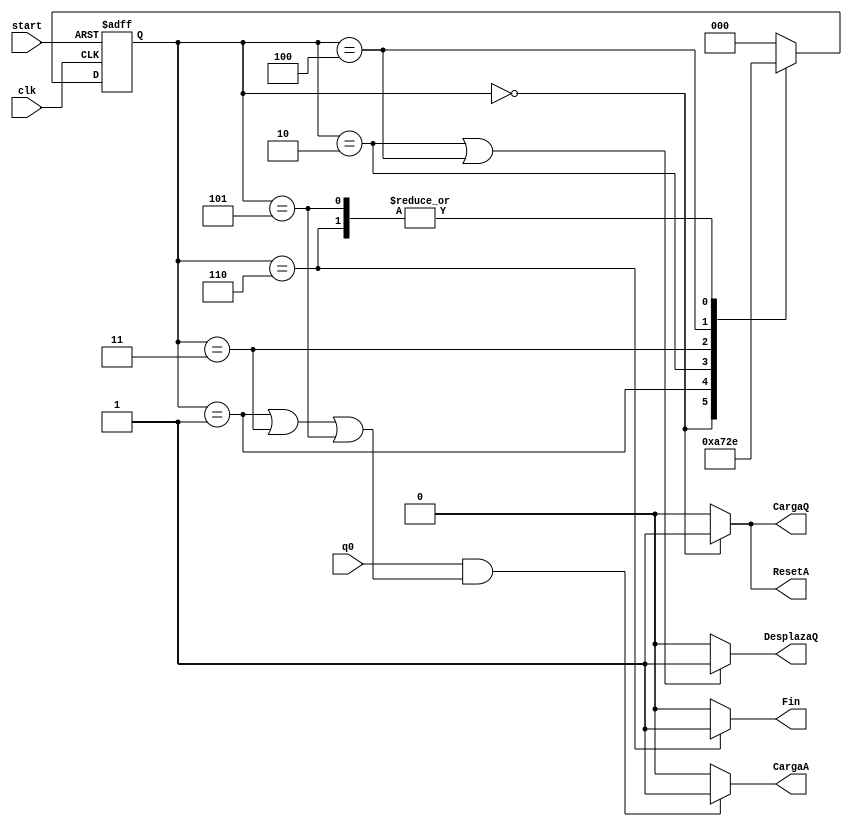
module uc(input wire q0, start, clk, output wire CargaQ, DesplazaQ, ResetA, CargaA,
Fin);
reg [2:0] state, nextstate; //Variables para los estados actual y siguiente
                            //Tres bits son suficientes para los siete estados
//Codificacin de los estados
parameter S0 = 3'b000;      //declaracion de constantes que representan estados
parameter S1 = 3'b001;
parameter S2 = 3'b010;
parameter S3 = 3'b011;
parameter S4 = 3'b100;
parameter S5 = 3'b101;
parameter S6 = 3'b110;
// Registro de estado, cambia en cada flanco ciclo de reloj por el nuevo estado o
// se inicia en caso de flanco de subida de start al estado inicial
always @ (posedge clk, posedge start)
  if (start)
    state <= S0;
  else
    state <= nextstate;
//Funcin de Transicin
always @(*)      // (*) significa cualquier cambio en alguna variable del bloque
  case (state)
    S0: nextstate = S1;
    S1: nextstate = S2;
    S2: nextstate = S3;
    S3: nextstate = S4;
    S4: nextstate = S5;
    S5: nextstate = S6;
    S6: nextstate = S6;
    default: nextstate = S0;
  endcase
// Funcin de Salida
assign CargaQ = (state == S0)? 1:0; //a 1 si el estado es S0
assign DesplazaQ = ((state == S2)|(state == S4))? 1:0;
assign ResetA = (state == S0)? 1:0;
assign CargaA = (q0 & ((state == S1)|(state == S3)|(state == S5)))? 1:0;
assign Fin = (state == S6)? 1:0;
endmodule